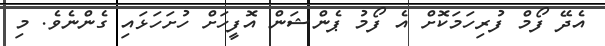
އެދޭ ފޯމް ފުރިހަމަކޮށް އެ ފޯމު ޕެންޝަން އޮފީހަށް ހުށަހަޅައި ގެންނެވެ. މި